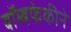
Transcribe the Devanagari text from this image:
बॉम्बफेकीने